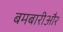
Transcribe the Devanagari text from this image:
बमबारीऔर